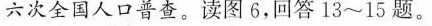
六次全国人口普查。读图6，回答13~15题。